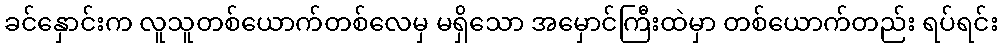
ခင်နှောင်းက လူသူတစ်ယောက်တစ်လေမှ မရှိသော အမှောင်ကြီးထဲမှာ တစ်ယောက်တည်း ရပ်ရင်း